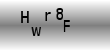
Text: Hwr8F